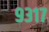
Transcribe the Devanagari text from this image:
९३१७